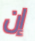
إن